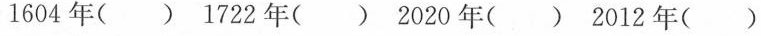
1604年() 1722年() 2020年() 2012年()